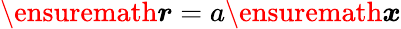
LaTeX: \ensuremath{\boldsymbol{r}}=a\ensuremath{\boldsymbol{x}}